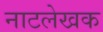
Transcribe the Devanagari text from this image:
नाटलेखक